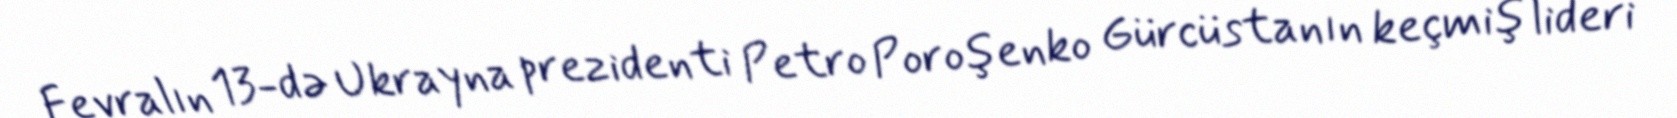
Fevralın 13-də Ukrayna prezidenti Petro Poroşenko Gürcüstanın keçmiş lideri